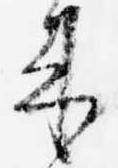
来